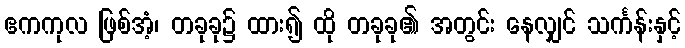
ဧကကုလ ဖြစ်အံ့၊ တခုခု၌ ထား၍ ထို တခုခု၏ အတွင်း နေလျှင် သင်္ကန်းနှင့်